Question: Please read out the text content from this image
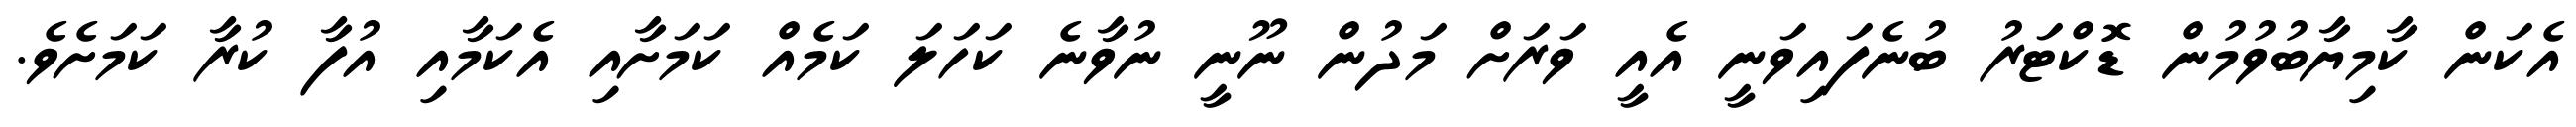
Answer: އެކަން ކާމިޔާބުވުމުން ޑޮކްޓަރު ބުނެފައިވަނީ އެއީ ވަރަށް މަދުން ނޫނީ ނުވާނެ ކަހަލަ ކަމެއް ކަމަށާއި އެކަމާއި އުފާ ކުރާ ކަމަށެވެ.